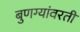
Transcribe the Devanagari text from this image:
बुणग्यांवरती